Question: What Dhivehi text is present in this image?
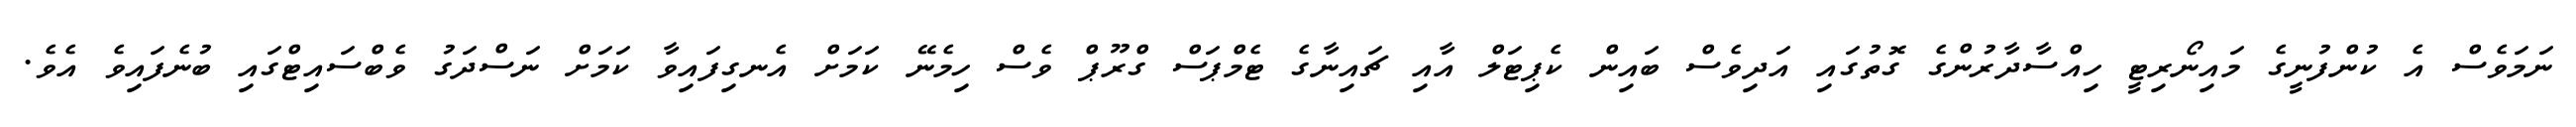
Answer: ނަމަވެސް އެ ކުންފުނީގެ މައިނޯރިޓީ ހިއްސާދާރުންގެ ގޮތުގައި އަދިވެސް ބައިން ކެޕިޓަލް އާއި ޗައިނާގެ ޓެމްޕަސް ގްރޫޕް ވެސް ހިމެނޭ ކަމަށް އެނގިފައިވާ ކަމަށް ނަސްދަގު ވެބްސައިޓްގައި ބުނެފައިވެ އެވެ.